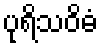
ပုရိသဝိဓံ